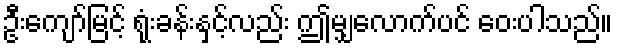
ဦးကျော်မြင့် ရုံးခန်းနှင့်လည်း ဤမျှလောက်ပင် ဝေးပါသည်။